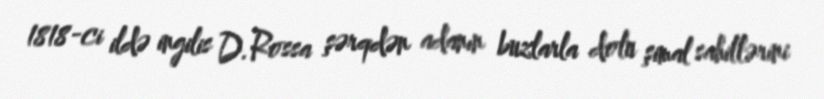
1818-ci ildə ingilis D.Rossa şərqdən adanın buzlarla dolu şimal sahillərini